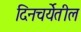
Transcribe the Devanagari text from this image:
दिनचर्येतील